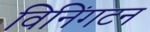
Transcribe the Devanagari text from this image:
विनिंगटन